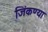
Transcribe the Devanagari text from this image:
जिंकण्या